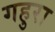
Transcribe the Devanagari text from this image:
गहुरा